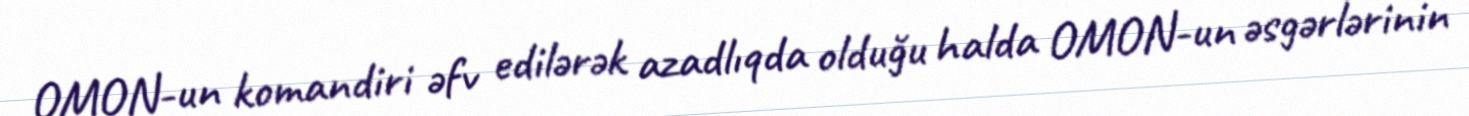
OMON-un komandiri əfv edilərək azadlıqda olduğu halda OMON-un əsgərlərinin